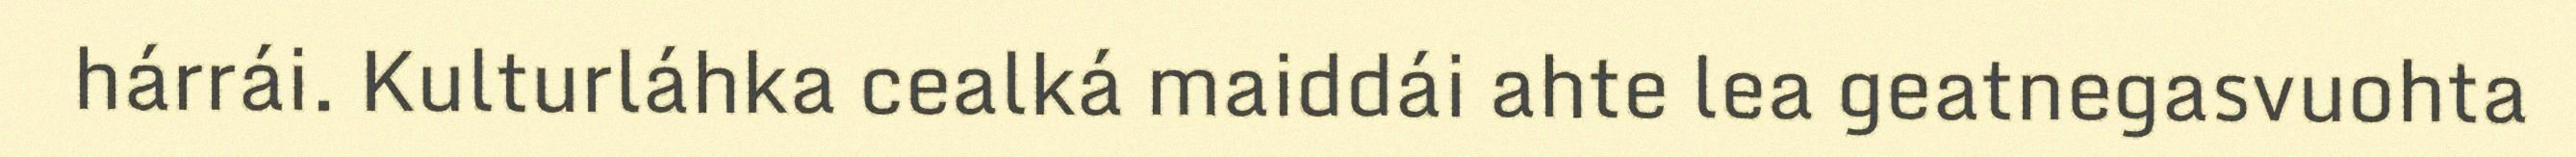
hárrái. Kulturláhka cealká maiddái ahte lea geatnegasvuohta